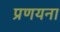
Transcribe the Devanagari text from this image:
प्रणयना